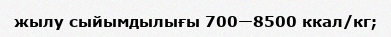
жылу сыйымдылығы 700—8500 ккал/кг;